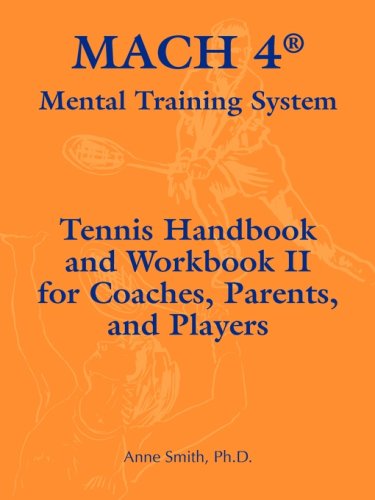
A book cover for MACH 4Â® Mental Training System Tennis Handbook and Workbook II for Coaches, Parents, and Players; Ph.D. Anne Smith; Sports & Outdoors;